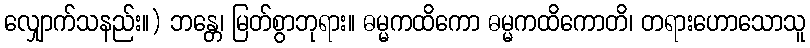
လျှောက်သနည်း။) ဘန္တေ၊ မြတ်စွာဘုရား။ ဓမ္မကထိကော ဓမ္မကထိကောတိ၊ တရားဟောသောသူ